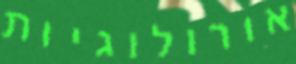
אורולוגיות